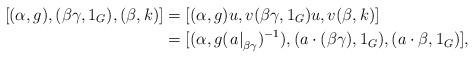
LaTeX: \begin{align*}[(\alpha, g), (\beta\gamma, 1_G), (\beta, k)] &= [(\alpha, g)u,v(\beta\gamma, 1_G)u, v(\beta, k)]\\&= [(\alpha, g(\left.a\right|_{\beta\gamma})^{-1}), (a\cdot(\beta\gamma), 1_G), (a\cdot\beta, 1_G)],\end{align*}